Report on sanitation, dispensaries, and jails in Rajputana for 1913, and on vaccination for the year 1913-1914 - 1913-1914
Year: 1913
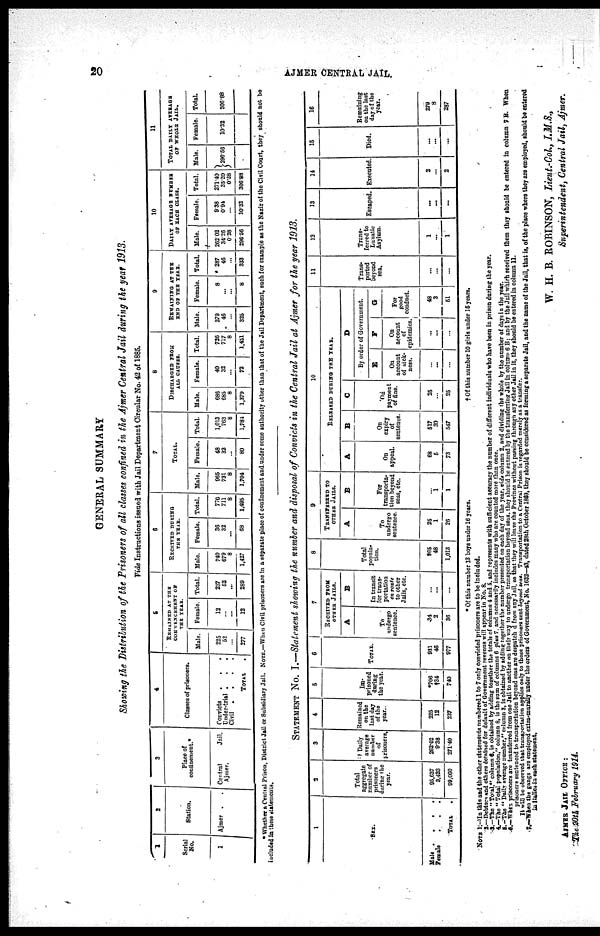
20
AJMER CENTRAL JAIL.
GENERAL SUMMARY
Showing the Distribution of the Prisoners of all classes confined in the Ajmer Central Jail during the year 1913.
Vide Instructions issued with Jail Department Circular No. 42 of 1885.
1
Serial
No.
1
2
Station.
Ajmer . .
3
Place of
confinement.*
Central
Jail,
Ajmer.
4
Classes of prisoners.
Convicts
.
. .
Under-trial . . .
Civil
.
.
.
.
TOTAL .
5
REMAINED AT THE
COMMENCEMENT OF
THE YEAR.
Male.
225
52
...
277
Female.
12
...
...
12
Total.
237
52
...
289
6
RECEIVED DURING
THE YEAR.
Male.
740
679
8
1,427
Female.
36
32
...
68
Total.
776
711
8
1,495
7
TOTAL.
Male.
965
731
8
1,704
Female.
48
32
...
80
Total.
1,013
763
8
1,781
8
DISCHARGED FROM
ALL CAUSES.
Male.
686
685
8
1,379
Female.
40
32
...
72
Total.
726
717
8
1,451
9
REMAINING AT THE
END OF THE YEAR.
Male.
279
46
...
325
Female.
8
...
...
8
Total.
287
46
...
333
10
DAILY AVERAGE NUMBER
OF EACH CLASS.
Male.
262.02
34.26
0.28
296.56
Female.
9.38
0.94
...
10.32
Total.
271.40
35.20
0.28
306.88
11
TOTAL DAILY AVERAGE
OF WHOLE JAIL.
Male.
296.56
Female.
10.32
Total.
306.88
* Whether a Central Prison, District Jail or Subsidiary Jail. NOTE.—When Civil prisoners are in a separate place of confinement and under some authority other than that of the Jail Department, each for example as the Nazir of the Civil Court, they should not be
included in these statements.
STATEMENT No. I.—Statement showing the number and disposal of Convicts in the Central Jail at Ajmer for the year 1913.
1
SEX.
Male .
.
.
.
Female
. . .
TOTAL
.
2
Total
aggregate
number of
prisoners
during the
year.
95,637
3,423
99,060
3
Daily
average
number
of
prisoners.
262.02
9.38
271.40
4
Remained
on the
last day
of the
year.
225
12
237
5
Im-
prisoned
during
the year.
*706
†34
740
6
TOTAL.
931
46
977
7
RECEIVED FROM
OTHER JAILS.
A
To
undergo
sentence.
34
2
36
B
In transit
for trans-
portation
en route
to other
Jails, etc.
...
...
...
8
Total
popula-
tion.
865
48
1,013
9
TRANSFERRED TO
OTHER JAILS.
A
To
undergo
sentence.
25
1
26
B
For
transporta-
tion beyond
seas, etc.
...
1
1
10
RELEASED DURING THE YEAR.
A
On
appeal.
68
5
73
B
On
expiry
of
sentence.
517
30
547
C
On
payment
of fine.
25
...
25
D
By order of Government.
E
On
account
of sick-
ness.
...
...
...
F
On
account
of
epidemics.
...
...
...
G
For
good
conduct.
48
3
51
11
Trans-
ported
beyond
sea.
...
...
...
12
Trans-
ferred to
Lunatic
Asylum.
1
...
1
13
Escaped.
...
...
...
14
Executed.
2
...
2
15
Died.
...
...
...
16
Remaining
on the last
day of the
year.
279
8
287
* Of this number 13 boys under 16 years.
†Of this number 10 girls under 15 years.
NOTE 1.—In this and the other statements numbered 1 to 7 only convicted prisoners are to be included.
2.—Debtors and others detained for default of Government revenue will appear in No. 8.
3.—The " Total," column 6, is obtained by adding together the totals of columns 4 and 5. and represents with sufficient accuracy the number of different individuals who have been in prison during the year.
4.—The " Total population," column 8, is the sum of columns 6 plus 7. and necessarily includes many who are counted more than once.
5.— The " Daily average number," column 3, is obtained by adding together the number presented on each day of the year, vide column 2, and dividing the whole by the number of days in the year.
6.—When prisoners are transferred from one Jail to another on their way to undergo transportation beyond seas, they should be entered by the transferring Jail in column 6 B; and by the Jail which received them they should be entered in column 7B. When
prisoners sentenced to transportation beyond seas are despatch d from any Jail, so that they will leave the Province without passing through any other Jail in it, they should be entered in column 11.
It will be observed that transportation applies only to those prisoners sent beyond seas. Transportation to a Central Prison is regarded merely as a transfer.
7.—When the gangs are employed extra-murally under the orders of Government, No. 1632—43, dated 28th October 1869, they should be considered as forming a separate Jail, and the name of the Jail, that is, of the place where they are employed, should be entered
in italics in each statement.
W. H. B. ROBINSON, Lieut.-Col., I.M.S.,
Superintendent, Central Jail, Ajmer.
AJMER JAIL OFFICE :
The 20th February 1914.